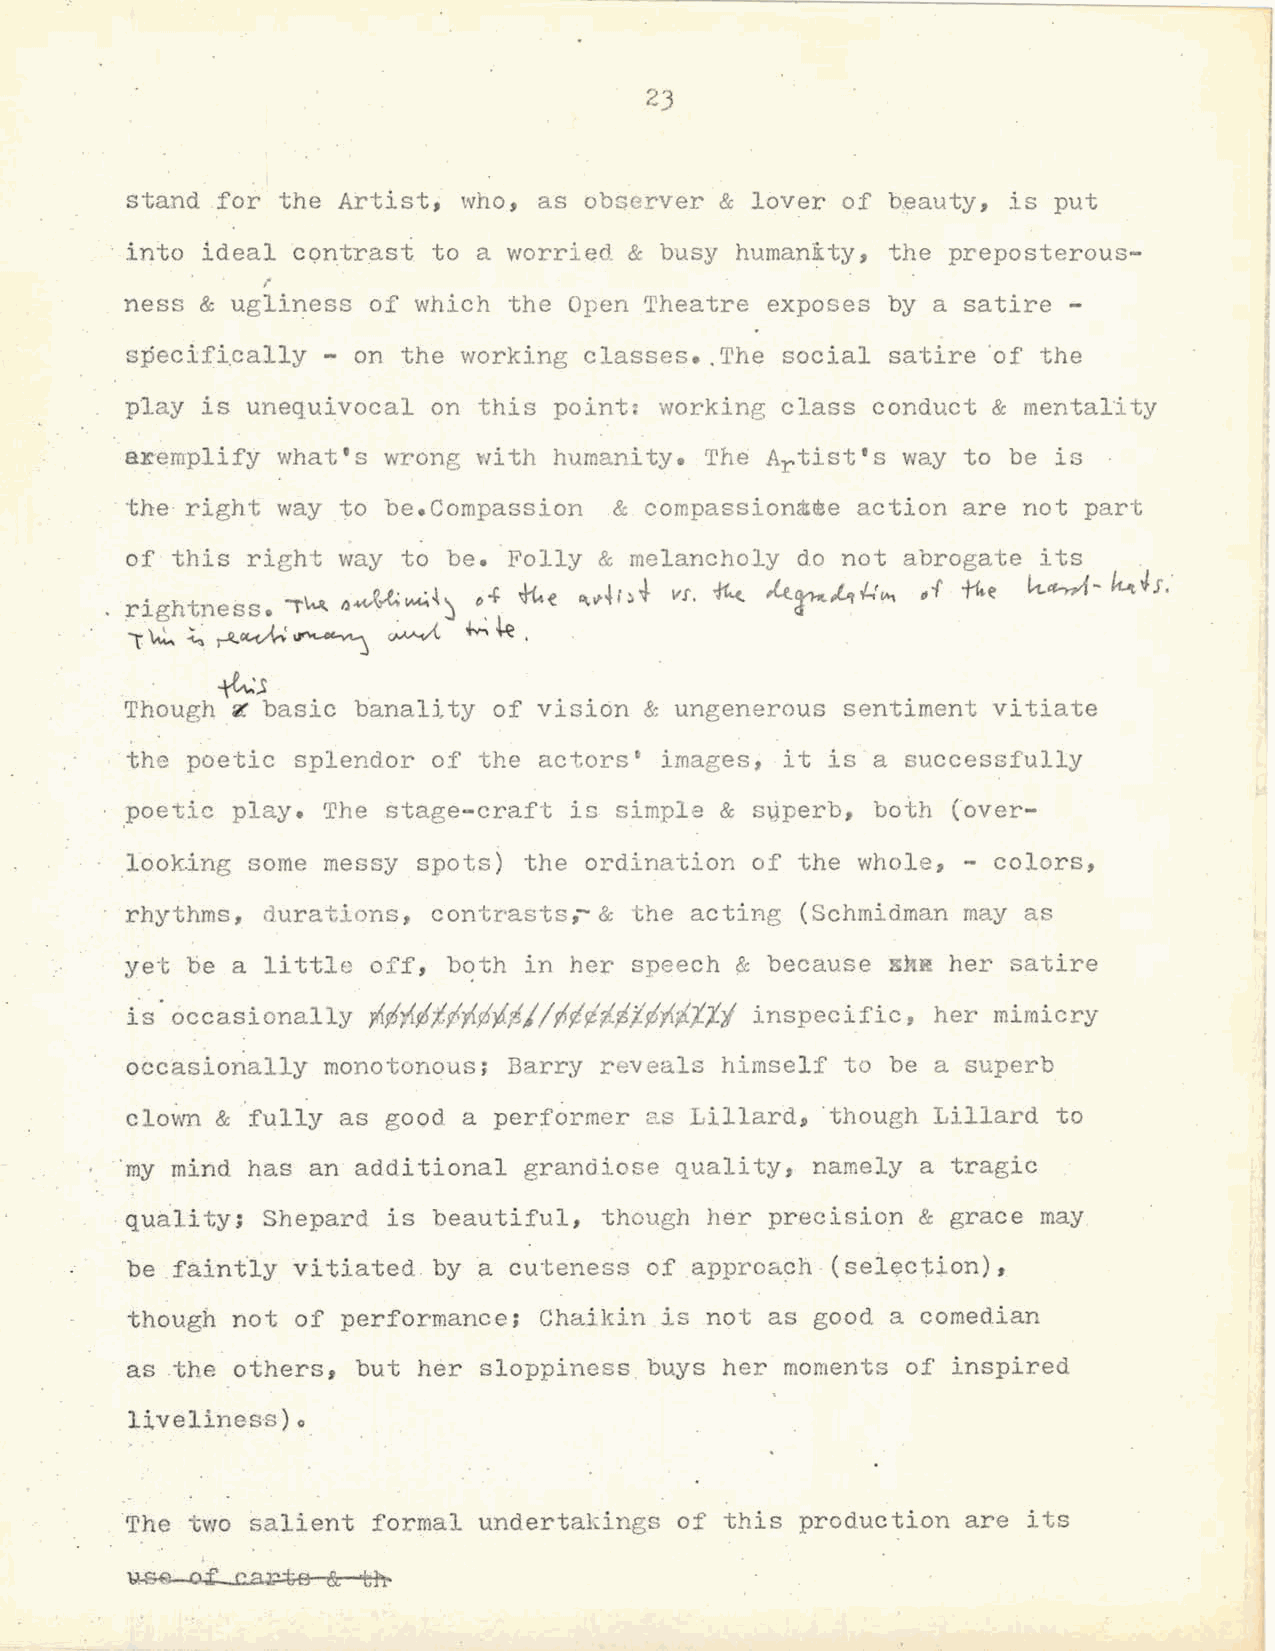
23
 stand for the Artist,  who, as observer & lover of b~auty, is put
 · into ideal cQntrasi to a worried & busy humanity, the preposterous
 "
 ness & ugliness  of which the Open Theatre exposes by a satire -
 s~ecifically
 - on  the working classes •. The social satire 'of the
 play is unequivocal  on this point: working class conduct & mental·i ty
 axemplify what's wrong  ·w·ith humanity. The Artist's way to be is
 the right way  to be.Compassion  & compassiomt!Be action are not part
 of this right way  to be. Folly & melancholy do not abrogate its   .
 rightness. 1\...R.. ~.w01 ~· ~M-~· ~ 'J 0 •. f ~.D "'" " ""'t t4i.).J. VI, ft..<. M_ c~ t t.r. .f...'v.-. Iff fke k_~- k..t.Js.·
 l~  ~ ~~~         ~    +--..~.
 ~j
 Though _~
 basic  banallty of vision & ungenerous sentiment vitiate
 the poetic  splendor of the         images, it is a successfully
 actors~
 poetic play. The  stage-craft is simple & sY,perb, both (over
 looking some messy  spots) the ordination of the whole, - colors,
 rhythms, durations,  contrasts,- & the acting (Schmidman may as
 yet be a  little off, both in her speech & because .s.MR her satire
 .
 is occasionally >/J¢;1¢"/lr.;i'i.tJ / ?<rJ~lttl)flt-J.tt"l inspecific, her mimicry
 o6casionally monotonous;  Barry reveals himself to be a superb
 clown & fully  as good a performer 2.s Lillard, 'though Lillard to
 ·my mind has an additional grandiose quality, namely a tragic
 -quali ty; Shepard is beautiful, though her precision & grace may
 be .fainily vitiated by a cuteness of appro~ch (selection),
 though not  of performance; Chaildn is not as good a comedian
 as  the others, but her sloppiness buys her moments of inspired
 liveliness)
 o
 The  two salient formal undertatings of this production are its